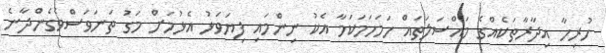
ހުރިހާ އިދާރާތަކެއްގެ މައްސަލަތައް ހަމަހަމަކަމާ އެކު ނިންމައި ފިޔަވަޅު އެޅުމަށް މަގު ތަނަވަސްވެގެންދާނެ